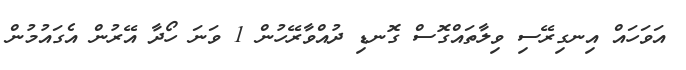
އަވަހައް އިނގިރޭސި ވިލާތައްގޮސް ގޮނޑި ދުއްވާރޭހުން 1 ވަނަ ހޯދާ އޭރުން އެގައުމުން